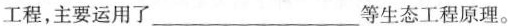
工程，主要运用了___等生态工程原理。